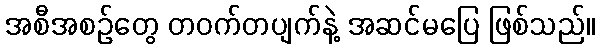
အစီအစဉ်တွေ တဝက်တပျက်နဲ့ အဆင်မပြေ ဖြစ်သည်။